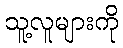
သူ့လူများကို